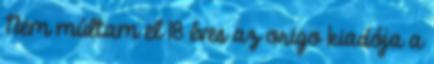
Nem múltam el 18 éves az origo kiadója a